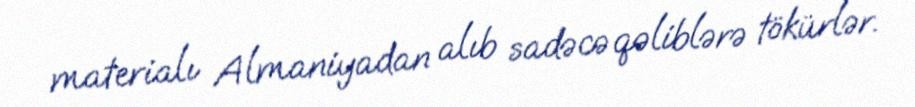
materialı Almaniyadan alıb sadəcə qəliblərə tökürlər.